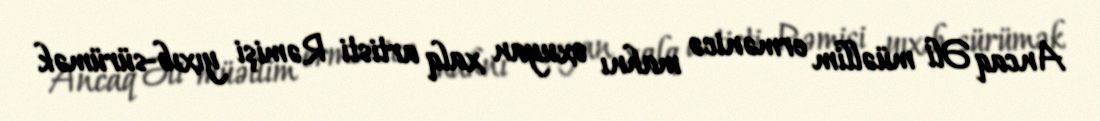
Ancaq Əli müəllim ermənicə mahnı oxuyan xalq artisti Rəmişi yıxıb-sürümək